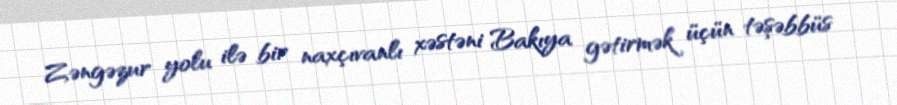
Zəngəzur yolu ilə bir naxçıvanlı xəstəni Bakıya gətirmək üçün təşəbbüs